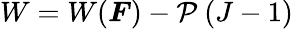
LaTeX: W=W({\boldsymbol{F}})-\mathcal{P}~(J-1)